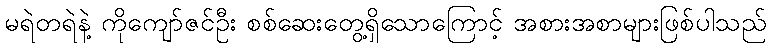
မရဲတရဲနဲ့ ကိုကျော်ဇင်ဦး စစ်ဆေးတွေ့ရှိသောကြောင့် အစားအစာများဖြစ်ပါသည်